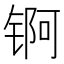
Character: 锕